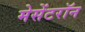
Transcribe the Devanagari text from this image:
मेसेंटरॉन